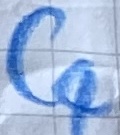
Text: C4